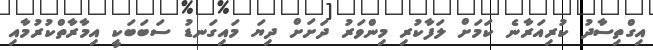
އިގްތިސާދު ކުރިއަރާނެ ކަމަށް ލަފާކުރި މިންވަރު ދަށަށް ދިޔަ މައިގަނޑު ސަބަބަކީ އިމާރާތްކުރުމާއި